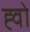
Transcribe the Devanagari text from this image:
ह्वो